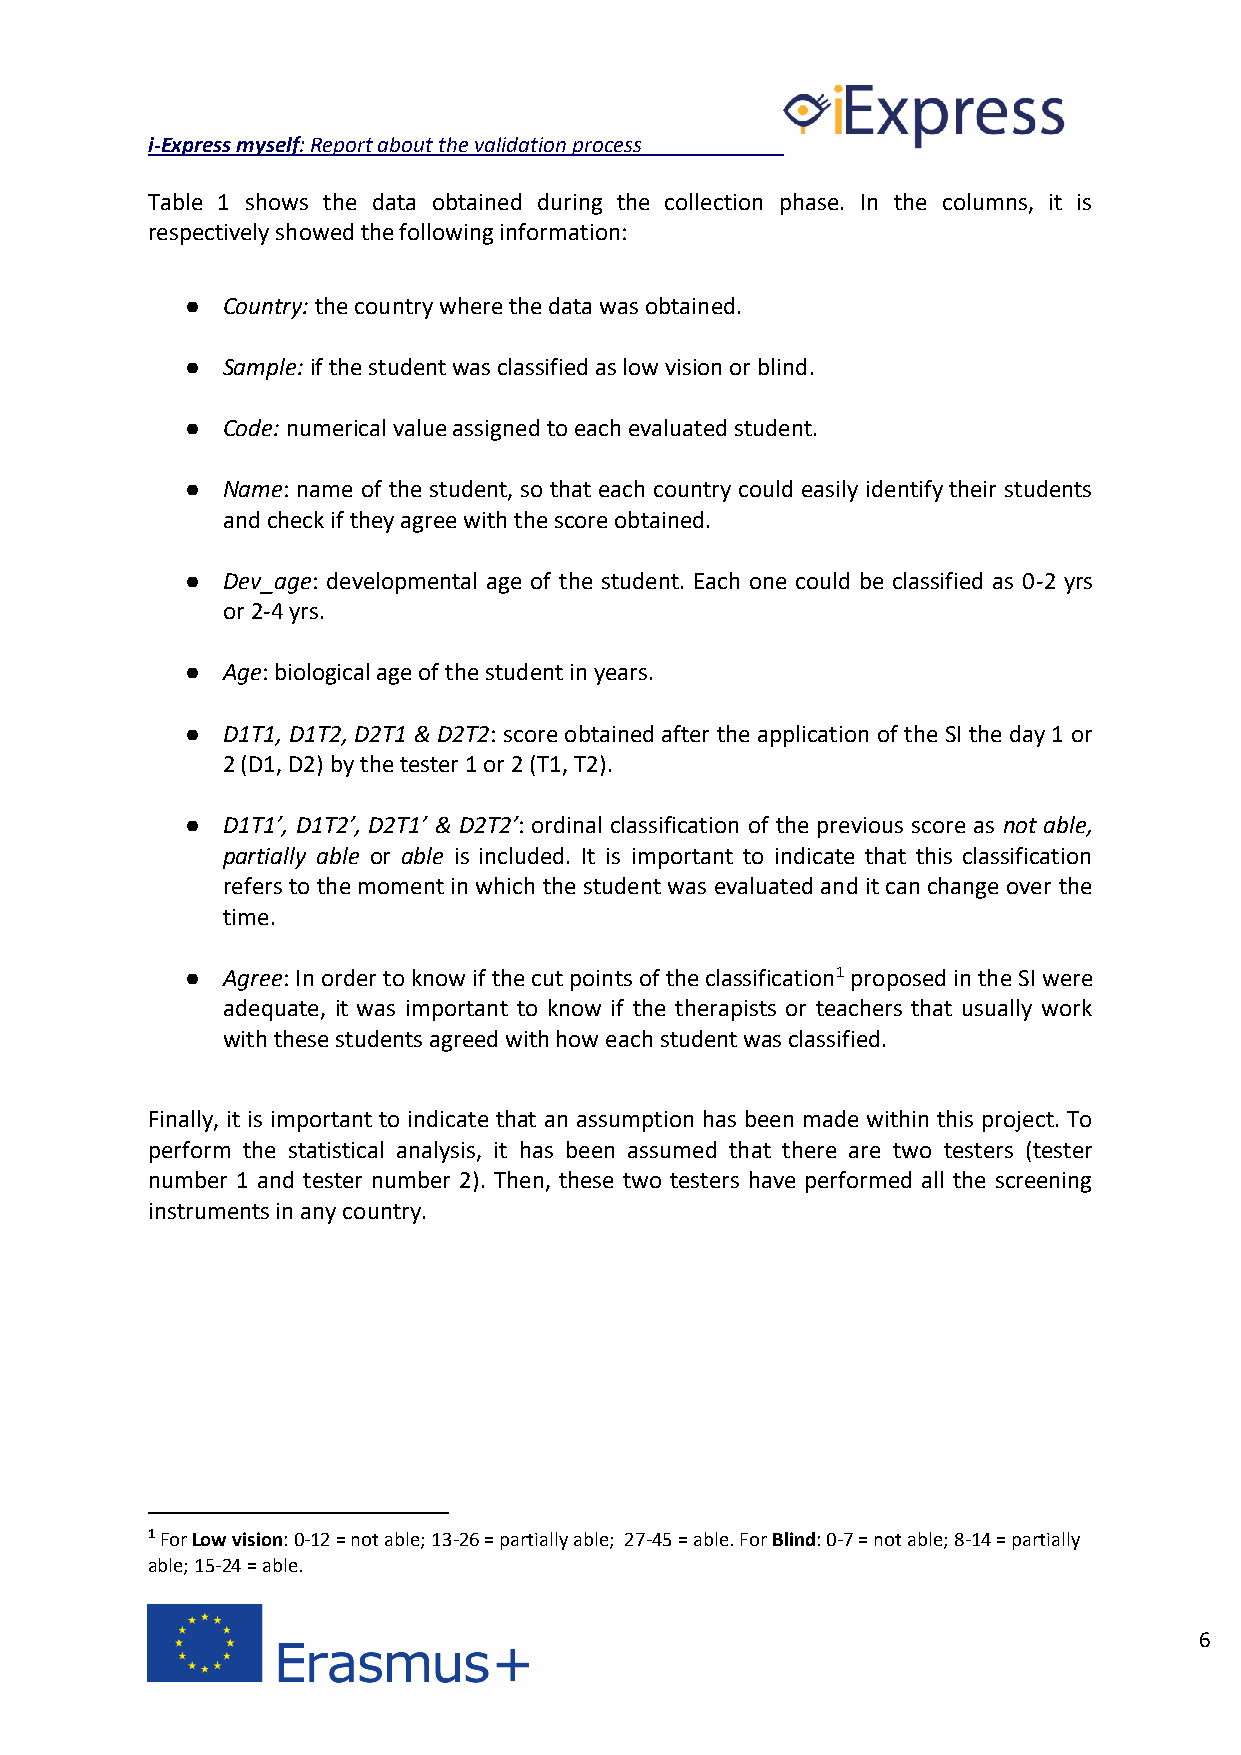
i-Express myself: Report about the validation process
 Table 1 shows the data obtained during the collection phase. In the columns, it is
 respectively showed the following information:
 ●  Country: the country where the data was obtained.
 ●  Sample: if the student was classified as low vision or blind.
 ●  Code: numerical value assigned to each evaluated student.
 ●  Name: name of the student, so that each country could easily identify their students
 and check if they agree with the score obtained.
 ●  Dev_age: developmental age of the student. Each one could be classified as 0-2 yrs
 or 2-4 yrs.
 ●  Age: biological age of the student in years.
 ●  D1T1, D1T2, D2T1 & D2T2: score obtained after the application of the SI the day 1 or
 2 (D1, D2) by the tester 1 or 2 (T1, T2).
 ●  D1T1’, D1T2’, D2T1’ & D2T2’: ordinal classification of the previous score as not able,
 partially able or able is included. It is important to indicate that this classification
 refers to the moment in which the student was evaluated and it can change over the
 time.
 ●  Agree: In order to know if the cut points of the classification1 proposed in the SI were
 adequate, it was important to know if the therapists or teachers that usually work
 with these students agreed with how each student was classified.
 Finally, it is important to indicate that an assumption has been made within this project. To
 perform the statistical analysis, it has been assumed that there are two testers (tester
 number 1 and tester number 2). Then, these two testers have performed all the screening
 instruments in any country.
 1 For Low vision: 0-12 = not able; 13-26 = partially able; 27-45 = able. For Blind: 0-7 = not able; 8-14 = partially
 able; 15-24 = able.
 6